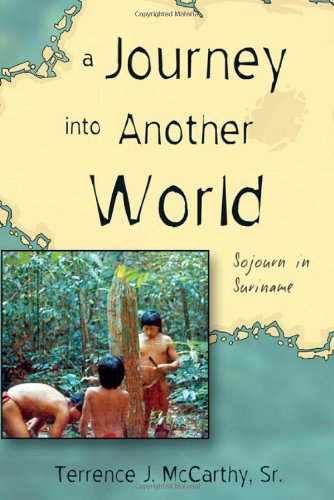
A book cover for A Journey Into Another World: Sojourn in Suriname; Sr. Terrence J. McCarthy; Travel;